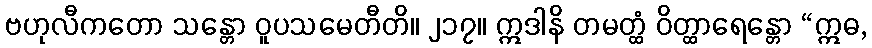
ဗဟုလီကတော သန္တော ဝူပသမေတီတိ။ ၂၁၇။ ဣဒါနိ တမတ္ထံ ဝိတ္ထာရေန္တော “ဣဓ,